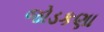
જોડકણા